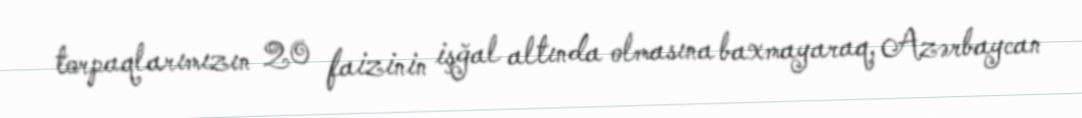
torpaqlarımızın 20 faizinin işğal altında olmasına baxmayaraq, Azərbaycan